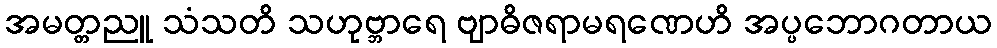
အမတ္တညူ သံသတိ သဟုဗ္ဘာရေ ဗျာဓိဇရာမရဏေဟိ အပ္ပဘောဂတာယ